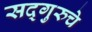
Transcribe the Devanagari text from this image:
सद्गुरुचे